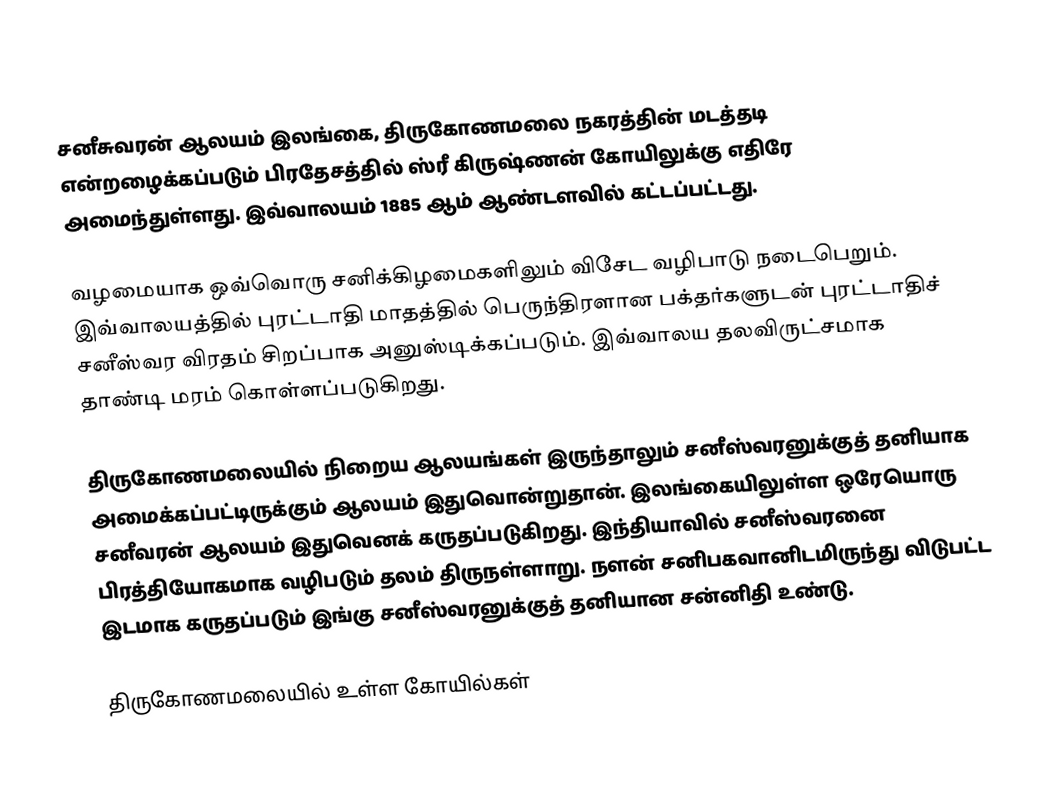
சனீசுவரன் ஆலயம் இலங்கை, திருகோணமலை நகரத்தின் மடத்தடி என்றழைக்கப்படும் பிரதேசத்தில் ஸ்ரீ கிருஷ்ணன் கோயிலுக்கு எதிரே அமைந்துள்ளது. இவ்வாலயம் 1885 ஆம் ஆண்டளவில் கட்டப்பட்டது.

வழமையாக ஒவ்வொரு சனிக்கிழமைகளிலும் விசேட வழிபாடு நடைபெறும். இவ்வாலயத்தில் புரட்டாதி மாதத்தில் பெருந்திரளான பக்தர்களுடன் புரட்டாதிச் சனீஸ்வர விரதம் சிறப்பாக அனுஸ்டிக்கப்படும். இவ்வாலய தலவிருட்சமாக தாண்டி மரம் கொள்ளப்படுகிறது.

திருகோணமலையில் நிறைய ஆலயங்கள் இருந்தாலும் சனீஸ்வரனுக்குத் தனியாக அமைக்கப்பட்டிருக்கும் ஆலயம் இதுவொன்றுதான். இலங்கையிலுள்ள ஒரேயொரு சனீவரன் ஆலயம் இதுவெனக் கருதப்படுகிறது. இந்தியாவில் சனீஸ்வரனை பிரத்தியோகமாக வழிபடும் தலம் திருநள்ளாறு. நளன் சனிபகவானிடமிருந்து விடுபட்ட இடமாக கருதப்படும் இங்கு சனீஸ்வரனுக்குத் தனியான சன்னிதி உண்டு.

திருகோணமலையில் உள்ள கோயில்கள்